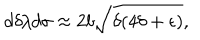
LaTeX: d \delta / d \sigma \approx 2 b \sqrt { \delta ( 4 \delta + \epsilon ) } ,